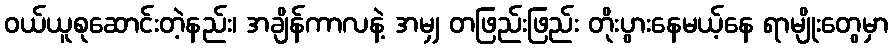
ဝယ်ယူစုဆောင်းတဲ့နည်း၊ အချိန်ကာလနဲ့ အမျှ တဖြည်းဖြည်း တိုးပွားနေမယ့်နေ ရာမျိုးတွေမှာ